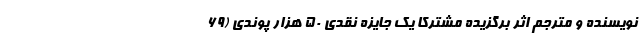
نویسنده و مترجم اثر برگزیده مشترکا یک جایزه نقدی ۵۰ هزار پوندی (۶۹